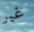
غير